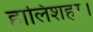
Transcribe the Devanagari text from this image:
हालिशहर।